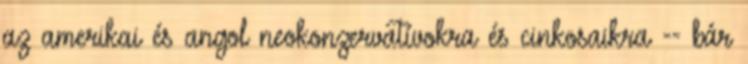
az amerikai és angol neokonzervatívokra és cinkosaikra -- bár